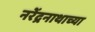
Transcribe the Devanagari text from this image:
नरेंद्रनाथाच्या